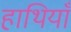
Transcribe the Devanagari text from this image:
हाथियाँ